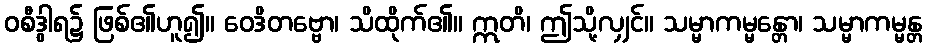
ဝစီဒွါရ၌ ဖြစ်၏ဟူ၍။ ဝေဒိတဗ္ဗော၊ သိထိုက်၏။ ဣတိ၊ ဤသို့လျှင်။ သမ္မာကမ္မန္တော၊ သမ္မာကမ္မန္တ